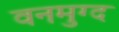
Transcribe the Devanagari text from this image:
वनमुग्द